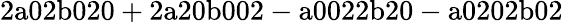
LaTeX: \mathrm{2a02b020+2a20b002-a0022b20-a0202b02}